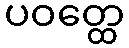
ပဝတ္ထေ